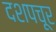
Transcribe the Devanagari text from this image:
दशपचूर